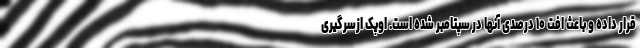
قرار داده و باعث افت ۱۰ درصدی آنها در سپتامبر شده است. اوپک ازسرگیری